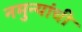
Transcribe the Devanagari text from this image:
नमुन्यांची